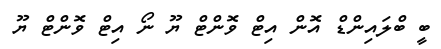
ބީ ބްލައިންޑް އޮން އިޓް ވޮންޓް ޔޫ ނޯ އިޓް ވޮންޓް ޔޫ